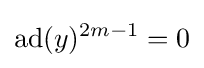
\operatorname {ad} (y)^{2m-1}=0